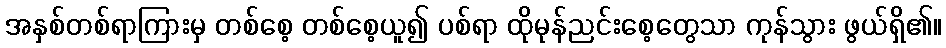
အနှစ်တစ်ရာကြားမှ တစ်စေ့ တစ်စေ့ယူ၍ ပစ်ရာ ထိုမုန်ညင်းစေ့တွေသာ ကုန်သွား ဖွယ်ရှိ၏။